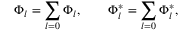
\Phi _ { l } = \sum _ { l = 0 } \Phi _ { l } , \qquad \Phi _ { l } ^ { \ast } = \sum _ { l = 0 } \Phi _ { l } ^ { \ast } ,